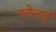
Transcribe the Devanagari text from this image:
फोलाई